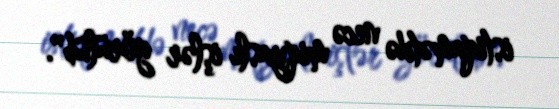
istiqamətdə necə miqyaslı işlər görülüb".